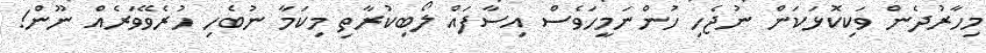
މިހާރުދެން ވަކިކޮޅަކަން ނުޖެހި ހުންނަމީހަވެސް އިސާފައް ލޯބިކުރާތި މިކަމާ ނުބެހި ހުރެވޭވަރެއް ނޫން!